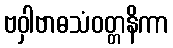
ဗဝှါဗာဓသံဝတ္တနိကာ